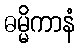
ဓမ္မိကာနံ